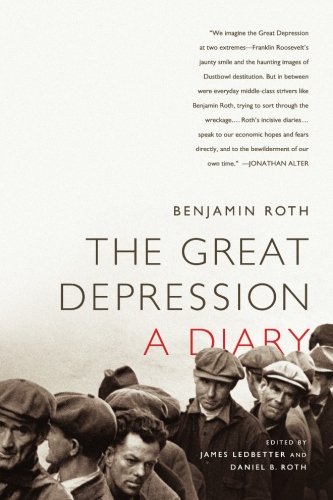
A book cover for The Great Depression: A Diary; Benjamin Roth; Law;